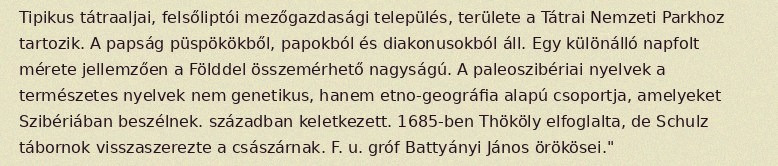
Tipikus tátraaljai, felsőliptói mezőgazdasági település, területe a Tátrai Nemzeti Parkhoz tartozik. A papság püspökökből, papokból és diakonusokból áll. Egy különálló napfolt mérete jellemzően a Földdel összemérhető nagyságú. A paleoszibériai nyelvek a természetes nyelvek nem genetikus, hanem etno-geográfia alapú csoportja, amelyeket Szibériában beszélnek. században keletkezett. 1685-ben Thököly elfoglalta, de Schulz tábornok visszaszerezte a császárnak. F. u. gróf Battyányi János örökösei."